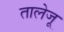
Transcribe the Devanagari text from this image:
तालेजू